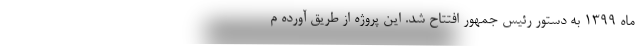
ماه ۱۳۹۹ به دستور رئیس جمهور افتتاح شد. این پروژه از طریق آورده م